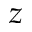
z